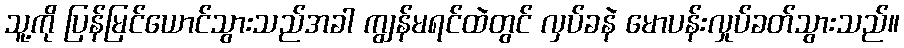
သူ့ကို ပြန်မြင်ယောင်သွားသည်အခါ ကျွန်မရင်ထဲတွင် လှပ်ခနဲ မောပန်းလှုပ်ခတ်သွားသည်။